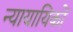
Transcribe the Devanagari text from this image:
न्यायायिकों